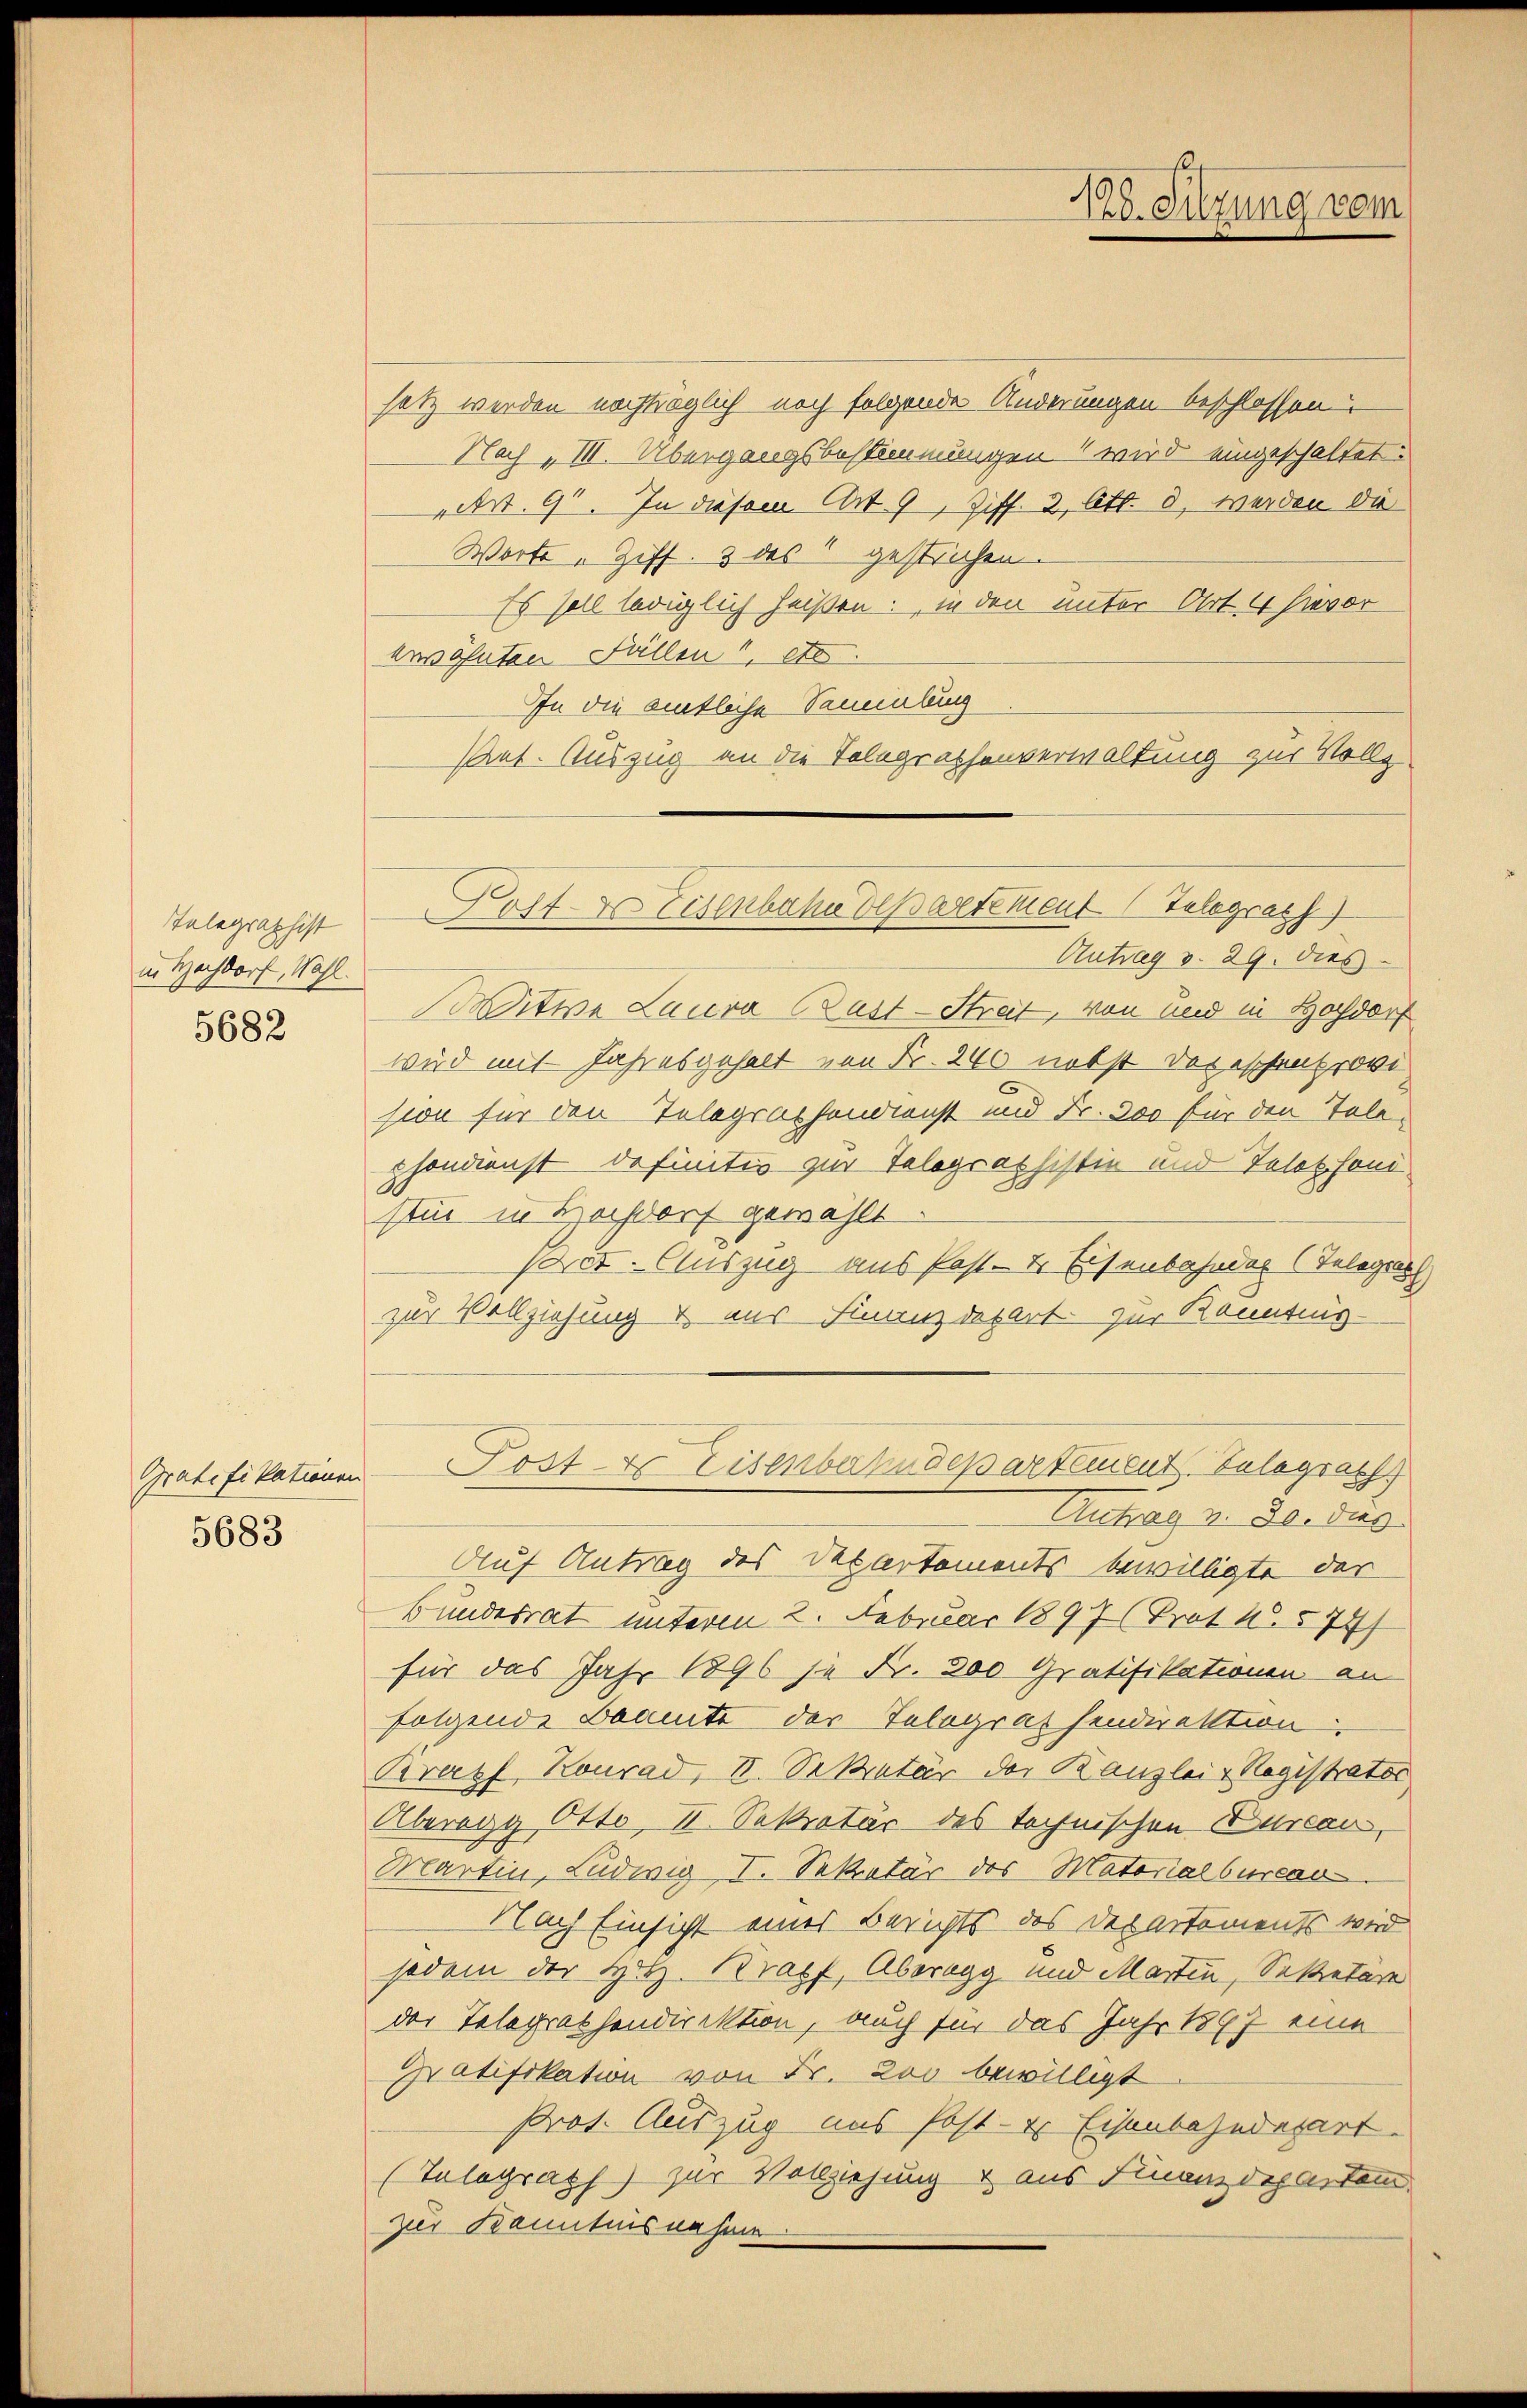
Telegraphist
in Hochdorf, Wahl.

5682

Gratifikationen
5683

128. Sitzung vom

Kost- & Eisenbahndepartement Telegraff

Post- & Eisenbahndepartement Telegraph

satz werden nachträglich noch folgende Änderungen beschlossen
Nach „VII. Übergangsbestimmungen wird eingeschaltet:
Art. 91. In diesem Art. 9, Ziff. 2, Ott. 8, werden die
Worte „Ziff. 3 des gestrichen.
Es soll lediglich heißen. in den unter Art 4 hievor
erwähnten Fällen, etc.
In die amtliche Sammlung
Ant. Auszug an die Telegraphenverwaltung zur Vollz

Antrag v. 29. dies
itwe Laura Past-Streit, von und in Hochdorf
wird mit Jahresgehalt von Fr. 240 nebst das eschenprovi
sion für den Telegraphendienst und Fr. 300 für den Tele-
phondienst definitiv zur Telegraphistin und Telephond
stur in Hochdorf gewählt
Pct. Auszug aus Post- & Eisenbahnder (Telege
zur Vollziehung & aus Finanzdepart zur Banntnig-
Antrag v. 30. dies
Auf Antrag des Departements bewilligte der
Bundesrat unterm 2. Februar 1897 (Prot. 4574/
für das Jahr 1896 je Fr. 300 Gratifikationen an
folgende Beamte der Telegras sendirektion
Krapf Konrad, V. Sekretär der Banzlei Registrator
Aberegg Otto, II. Sekretär des technischen Durcan,
Martin, Ludwig I. Sekretär des Materialburcar
Nach Einsicht eines Berichts des Departements wird
jedem der Holz. Krapf, Aberegg und Martin, Sekretäre
der Telegrathendirektion, auch für das Jahr 1867 eine
Gratifikation von Fr. Loo bewilligt
Prof. Auszug aus Post- & Eisenbahndepart.
(Telegraph) zur Vollziehung & aus Finanzdepartem
zur Kenntnisnahme